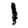
Digit: 1